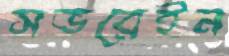
সভরেইন